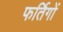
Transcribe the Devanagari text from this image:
फर्तिगों